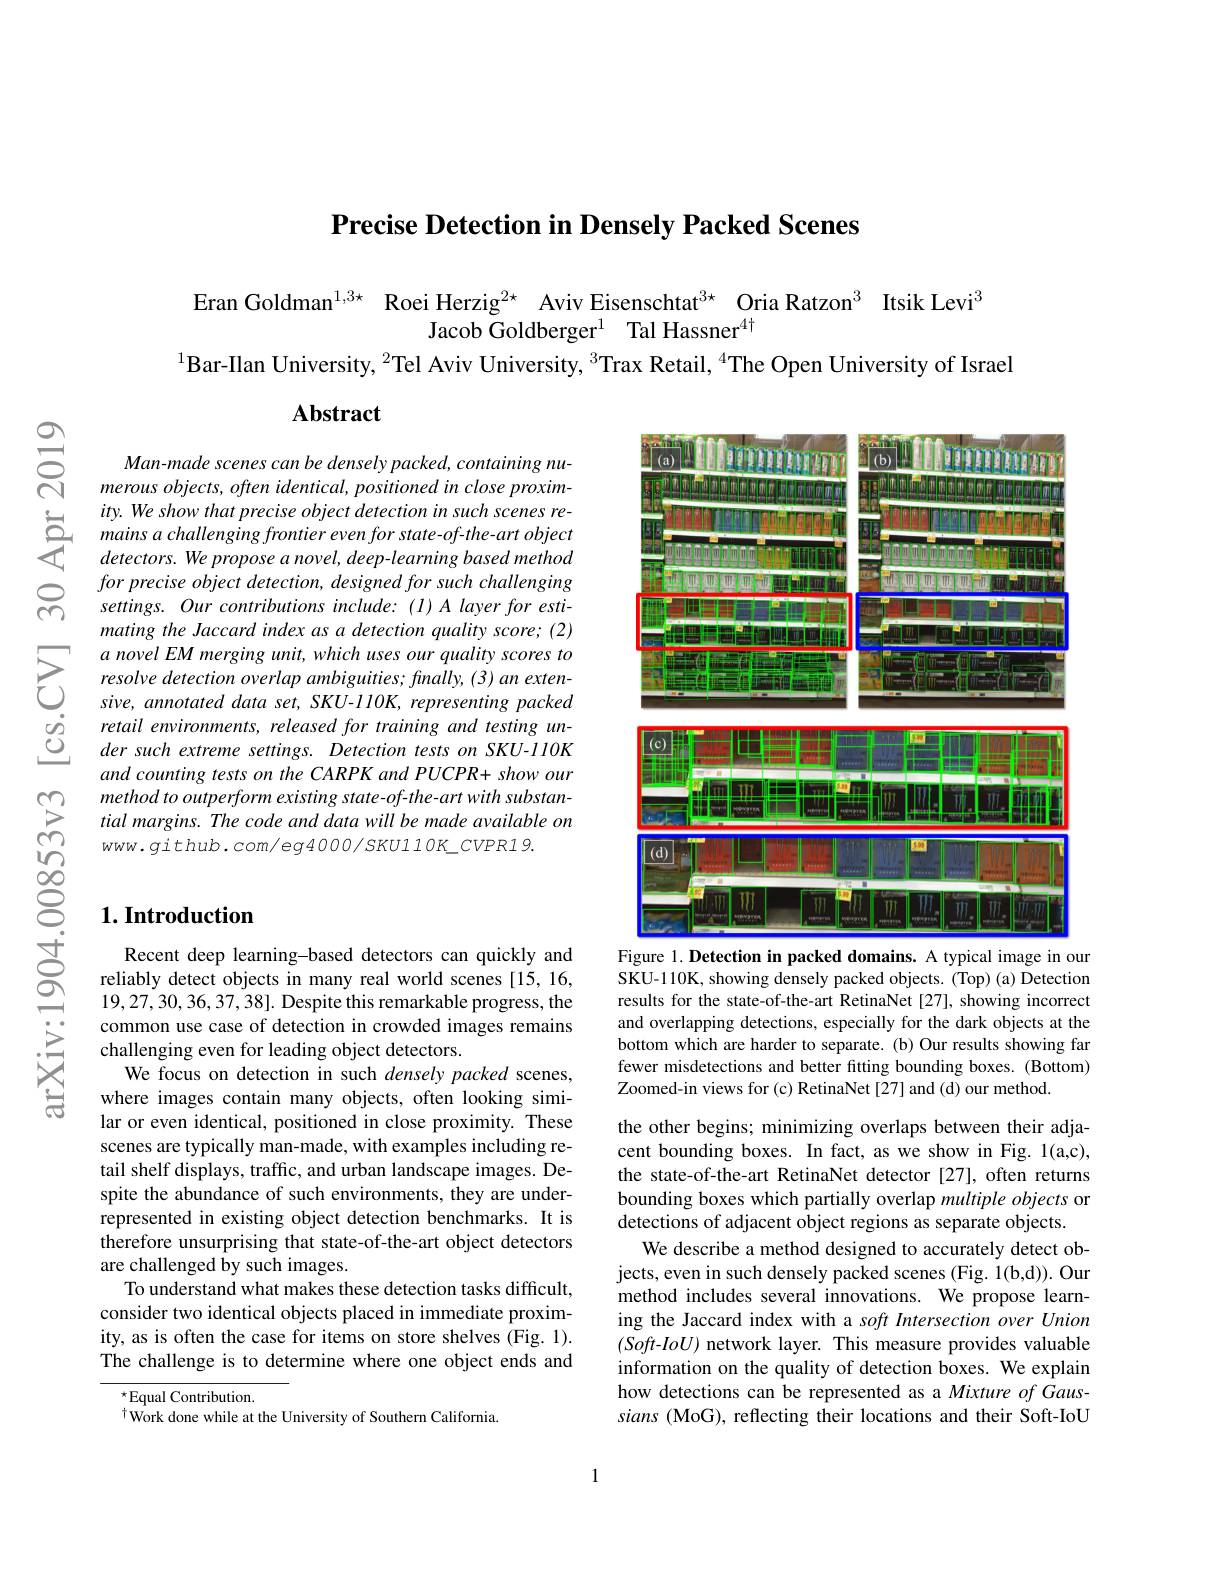
$ଶ୍ନି$

Precise Detection in Densely Packed Scenes

Eran Goldman$^{1,3\star}$ Roei Herzig$^{2\star}$ Aviv Eisenschtat$^{3\star}$ Oria Ratzon$^{3}$ Itsik Levi$^{3}$
Jacob Goldberger$^1$ Tal Hassner$^{4\dagger}$
$^{1}$Bar-Ilan University, $^{2}$Tel Aviv University, $^{3}$Trax Retail, $^{4}$The Open University of Israel

## Abstract

Man-made scenes can be densely packed, containing numerous objects, often identical, positioned in close proxim-
$\begin{array}{cc}&ity.We\:show\:that\:precise\:object\:detection\:in\:such\:scenes\:re-\\&\text{mains a challenging frontier even for state-of-the-art\:object}\\&\text{detectors. We propose a novel, deeep-learning based method}\end{array}$
for precise object detection, designed for such challenging settings. Our contributions include: (I)A layer for estimating the Jaccard index as a detection quality score; (2) a novel EM merging unit, which uses our quality scores to resolve detection overlap ambiguities; finally, (3) an extensive, annotated data set, SKU-110K, representing packed retail emvironments, released for training and testing under such extreme settings. Detection tests on SKU-110K and counting tests on the CARPK and PUCPR+ show our method to outperform existing state-of-the-art with substantial margins. The code and data will be made available on www. github. com/eg4000/SKU110K\_CVPR19.

<FigureHere>
Figure 1. Detection in packed domains. A typical image in our

## $1. \textbf{Introduction}$

SKU-110K, showing densely packed objects. (Top) (a) Detection results for the state-of-the-art RetinaNet [27], showing incorrect and overlapping detections, especially for the dark objects at the bottom which are harder to separate. (b) Our results showing far fewer misdetections and better fitting bounding boxes. (Bottom) Zoomed-in views for (c) RetinaNet [27] and (d) our method

Recent deep learning-based detectors can quickly and reliably detect objects in many real world scenes [15, 16, 19,27,30,36,37,38]. Despite this remarkable progress, the common use case of detection in crowded images remains challenging even for leading object detectors.
We focus on detection in such densely packed scenes, where images contain many objects, often looking similar or even identical, positioned in close proximity. These scenes are typically man-made, with examples including retail shelf displays, traffic, and urban landscape images. Despite the abundance of such environments, they are underrepresented in existing object detection benchmarks. It is therefore unsurprising that state-of-the-art object detectors are challenged by such images.
To understand what makes these detection tasks difficult, consider two identical objects placed in immediate proximity, as is often the case for items on store shelves (Fig. 1). The challenge is to determine where one object ends and

the other begins; minimizing overlaps between their adjacent bounding boxes. In fact, as we show in Fig. 1(a,c), the state-of-the-art RetinaNet detector [27], often returns bounding boxes which partially overlap multiple objects or detections of adjacent object regions as separate objects
We describe a method designed to accurately detect objects, even in such densely packed scenes (Fig. 1(b,d)). Our method includes several innovations. We propose learning the Jaccard index with a soft Intersection over Union $(Soft-IoU)$ network layer. This measure provides valuable information on the quality of detection boxes. We explain how detections can be represented as a Mixture of Gaussians (MoG), reflecting their locations and their Soft-IoU

$^{\star}$Equal Contribution.
$^{\dagger}$Work done while at the University of Southern California.

1